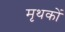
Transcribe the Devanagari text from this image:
मृथकों